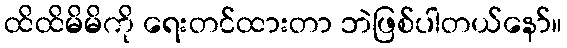
ထိထိမိမိကို ရေးတင်ထားတာ ဘဲဖြစ်ပါတယ်နော်။